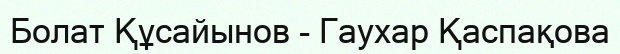
Болат Құсайынов - Гаухар Қаспақова